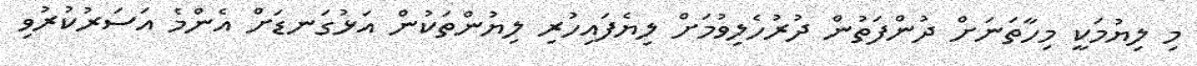
މި ލިޔުމަކީ މިހާތަނަށް ދުންފަތުން ދުރުހެލިވުމަށް ލިޔެފައިހުރި ލިޔުންތަކުން އަޅުގަނޑަށް އެންމެ އަސަރުކުރުވި